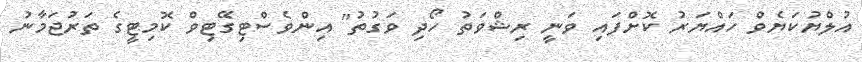
އުލްޔުކަޔެވް ހައްޔަރު ކޮށްފައި ވަނީ ރިޝްވަތު ހޯދި ވަގުތު" އިންވެސްޓިގޭޓިވް ކޮމިޓީގެ ތަރުޖަމާނު